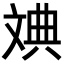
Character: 𪯦